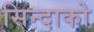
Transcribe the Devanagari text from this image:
सिन्दाको